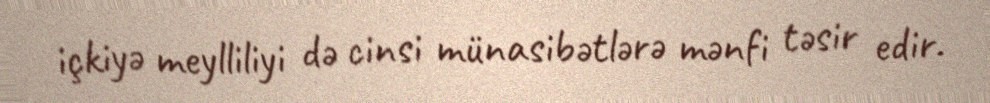
içkiyə meylliliyi də cinsi münasibətlərə mənfi təsir edir.